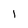
Character: 1